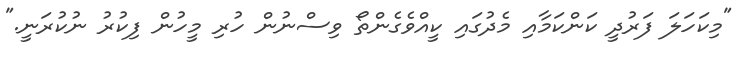
"މިކަހަލަ ފަރުދީ ކަންކަމާއި މެދުގައި ކީއްވެގެންތޯ ވިސްނުން ހުރި މީހުން ފިކުރު ނުކުރަނީ."